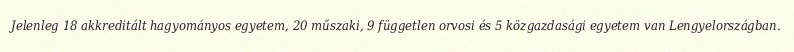
Jelenleg 18 akkreditált hagyományos egyetem, 20 műszaki, 9 független orvosi és 5 közgazdasági egyetem van Lengyelországban.